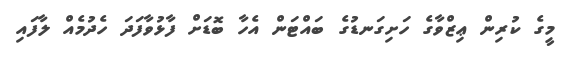
މީގެ ކުރިން ޢިޒްވާގެ ހަށިގަނޑުގެ ބައްޓަން އެހާ ބޮޑަށް ފާޅުވާފަދަ ހެދުމެއް ލާފައި